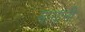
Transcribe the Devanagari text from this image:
मायांनी